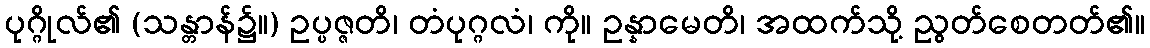
ပုဂ္ဂိုလ်၏ (သန္တာန်၌။) ဥပ္ပဇ္ဇတိ၊ တံပုဂ္ဂလံ၊ ကို။ ဥန္နာမေတိ၊ အထက်သို့ ညွတ်စေတတ်၏။